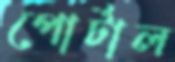
পোর্টাল